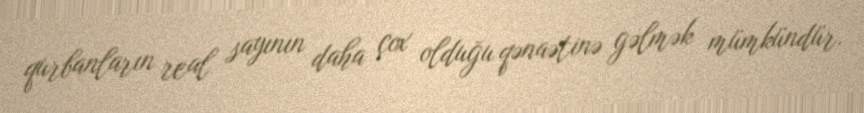
qurbanların real sayının daha çox olduğu qənaətinə gəlmək mümkündür.